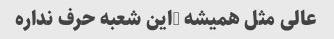
عالی مثل همیشه …این شعبه حرف نداره